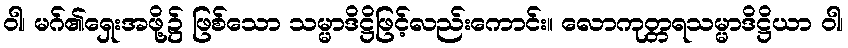
ဝါ၊ မဂ်၏ရှေးအဖို့၌ ဖြစ်သော သမ္မာဒိဋ္ဌိဖြင့်လည်းကောင်း။ လောကုတ္တရသမ္မာဒိဋ္ဌိယာ ဝါ၊